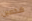
شخصين